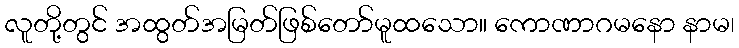
လူတို့တွင် အထွတ်အမြတ်ဖြစ်တော်မူထသော။ ကောဏာဂမနော နာမ၊